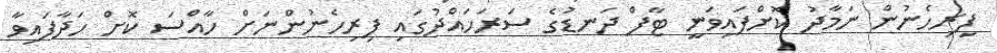
ފިރިހެނުން ނަމާދު ކޮށްފައިވަނީ ޓާފް ދަނޑުގެ ސަރަހައްދުގައި ފިރިހެނުންނަށް ހާއްސަ ކޮށް ހަދާފައިވާ